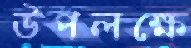
উপলক্ষে